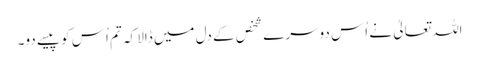
اللہ تعالیٰ نے اُس دوسرے شخص کے دل میں ڈالا کہ تم اُس کو پیسے دو۔